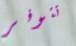
تتوفر